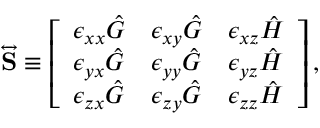
\begin{array} { r } { \overleftrightarrow { \mathbf { S } } \equiv \left[ \begin{array} { l l l } { \epsilon _ { x x } \hat { G } } & { \epsilon _ { x y } \hat { G } } & { \epsilon _ { x z } \hat { H } } \\ { \epsilon _ { y x } \hat { G } } & { \epsilon _ { y y } \hat { G } } & { \epsilon _ { y z } \hat { H } } \\ { \epsilon _ { z x } \hat { G } } & { \epsilon _ { z y } \hat { G } } & { \epsilon _ { z z } \hat { H } } \end{array} \right] , } \end{array}